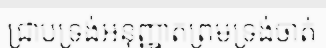
ជ្រាបទ្រង់អនុញ្ញាតព្រមទ្រង់ចាត់